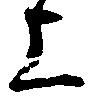
上